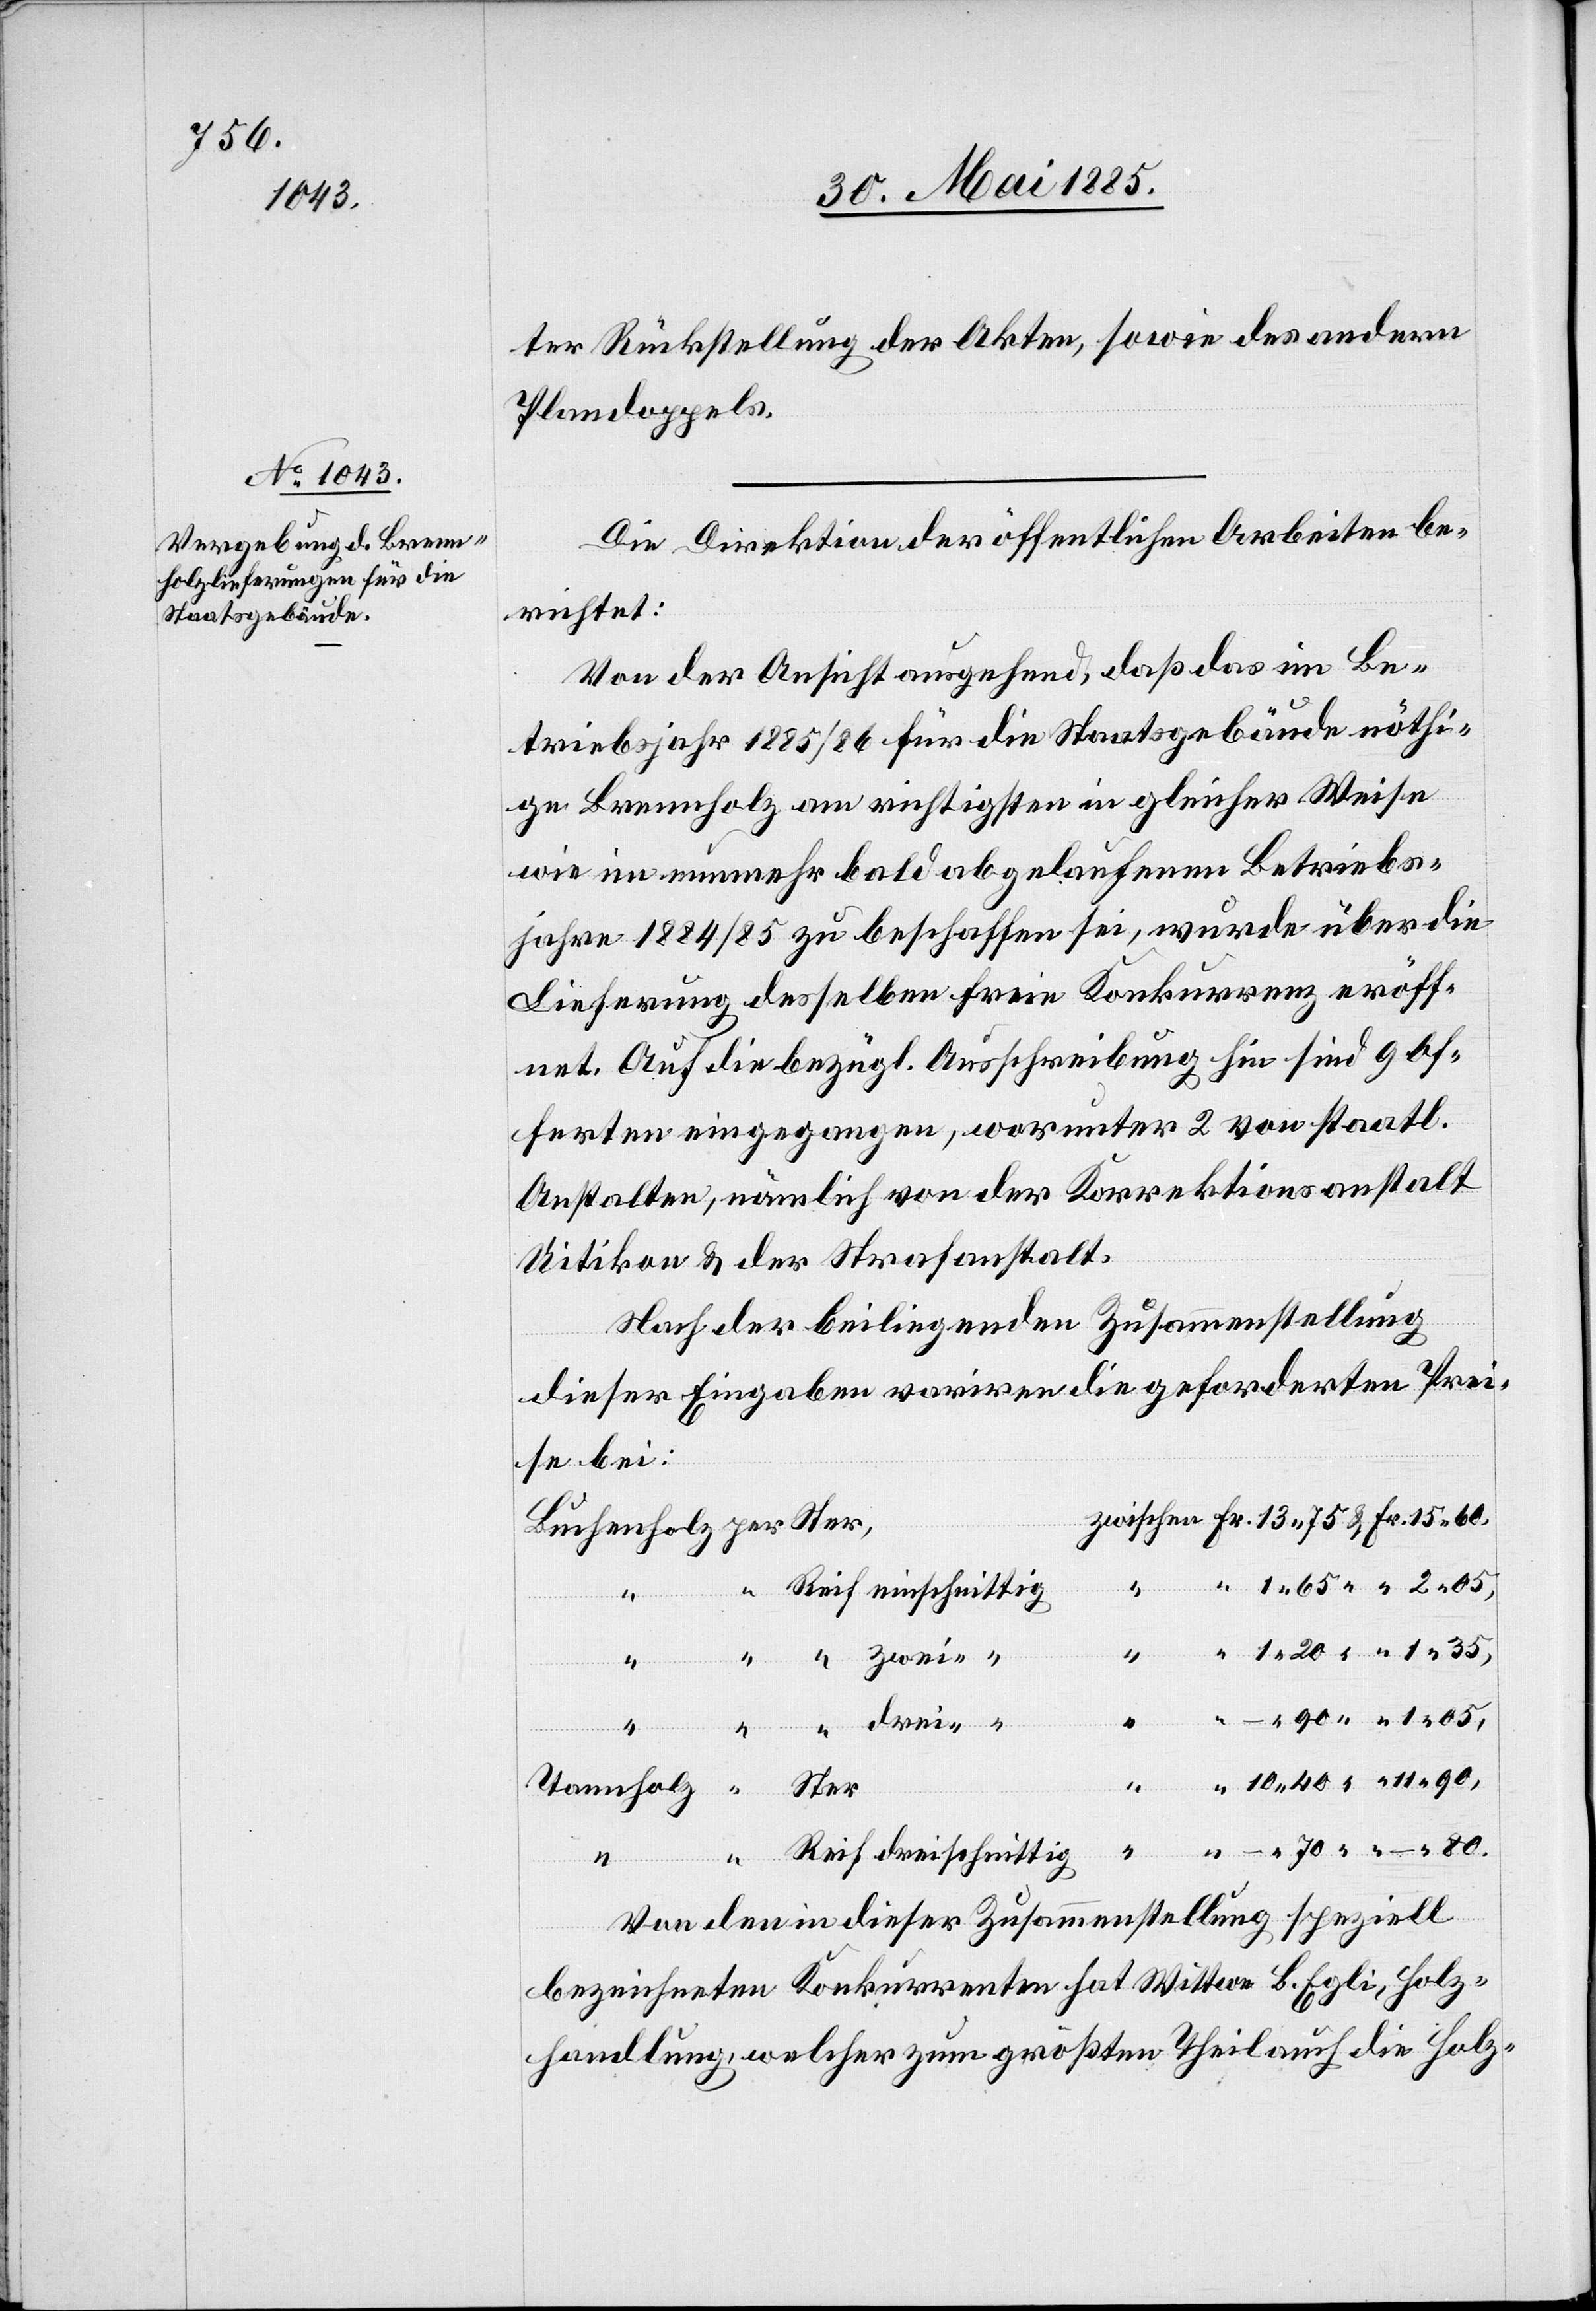
ter Rückstellung der Akten, sowie des andern
Plandoppels.
Die Direktion der öffentlichen Arbeiten be¬
richtet:
Von der Ansicht ausgehend, daß das im Be¬
triebsjahr 1885/86 für die Staatsgebäude nöthi¬
ge Brennholz am richtigsten in gleicher Weise
wie im nunmehr bald abgelaufenen Betriebs¬
jahre 1884/85 zu beschaffen sei, wurde über die
Lieferung desselben freie Konkurrenz eröff¬
net. Auf die bezügl. Ausschreibung hin sind 9 Of¬
ferten eingegangen, worunter 2 von staatl.
Anstalten, nämlich von der Korrektionsanstalt
Uitikon & der Strafanstalt.
Nach der beiliegenden Zusammenstellung
dieser Eingaben variren die geforderten Prei¬
se bei:
ischnittig
70
1
drei-
–
80.
Von den in dieser Zusammenstellung speziell
bezeichneten Konkurrenten hat Wittwer B. Egli, Holz¬
handlung, welcher zum größten Theil auch die Holz-